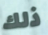
ذلك